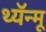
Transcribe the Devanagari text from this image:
थ्यॅन्मू